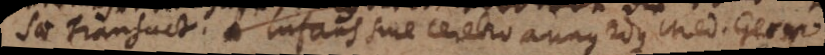
sae Transact. Infans sine cerebro annus 2dus Med. Germ.